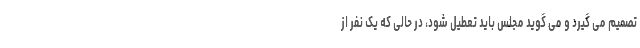
تصمیم می گیرد و می گوید مجلس باید تعطیل شود، در حالی که یک نفر از